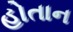
હોતાન